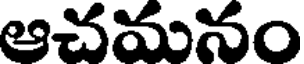
ఆచమనం